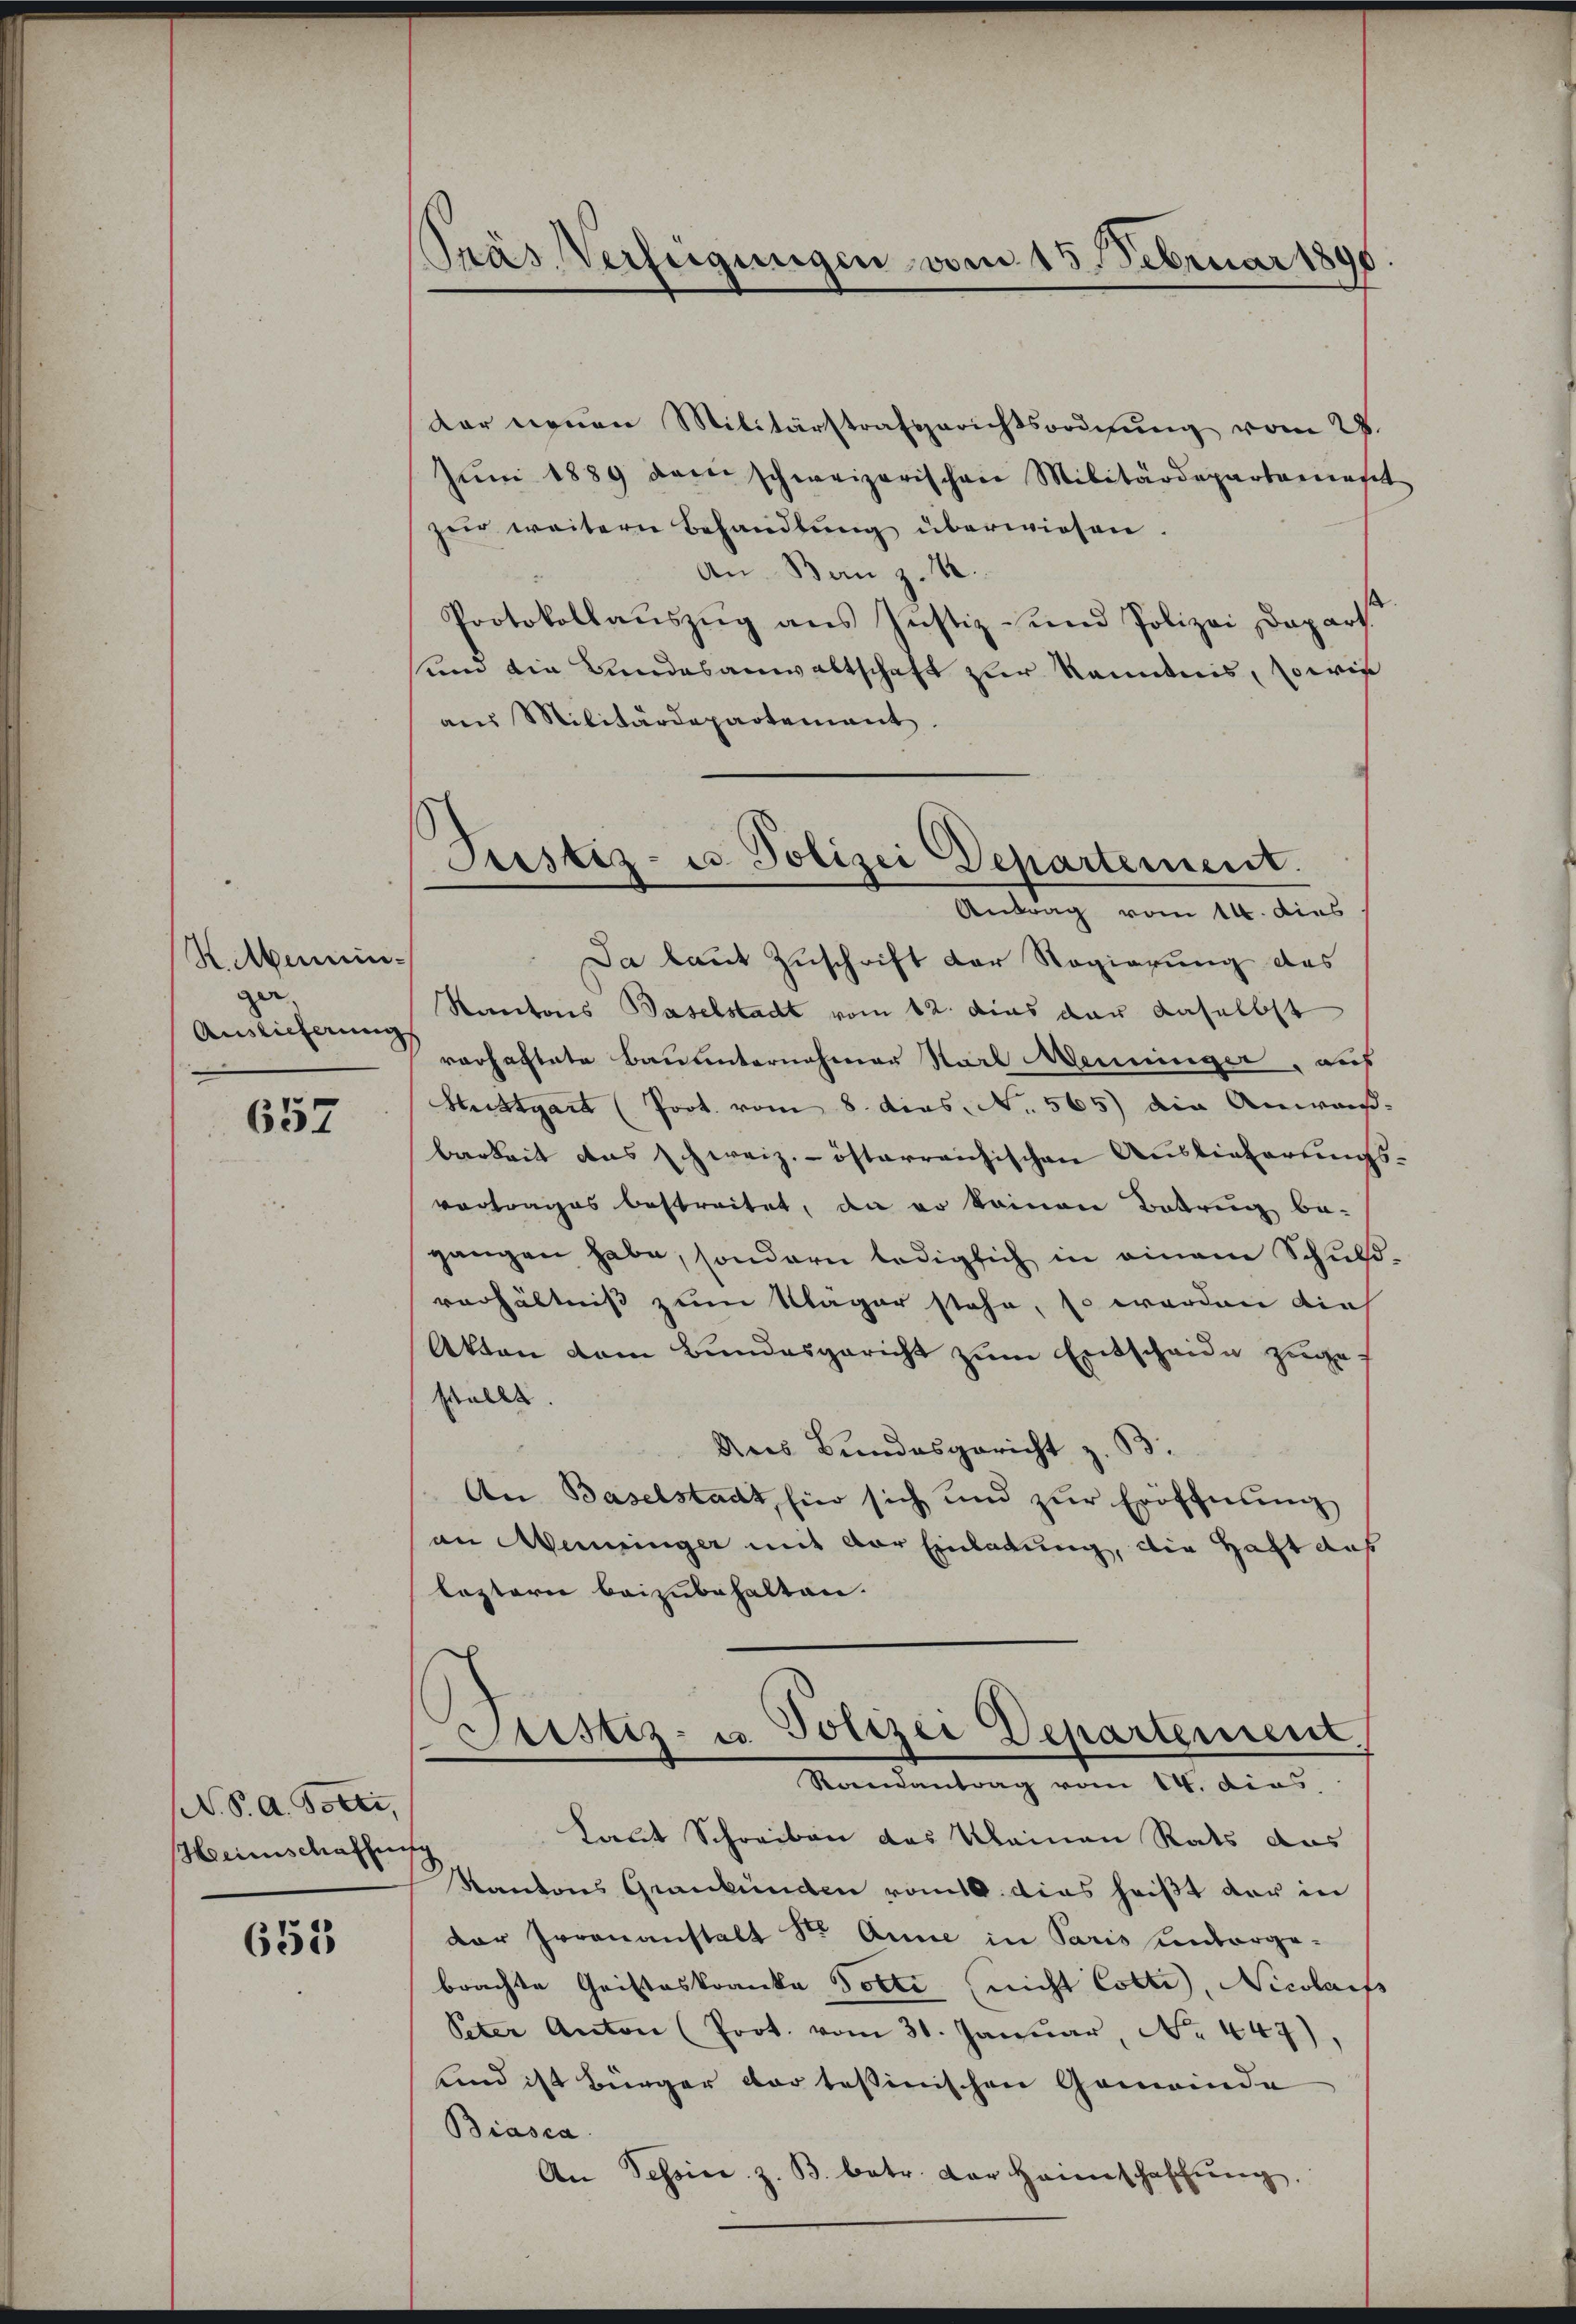
K.MMeninger
Auslieferung

657

N. S. A. Potti,
Heimschaffung

655

Gras Verfügungen vom 15. Februar 1890

Justiz- u Polizei Departement.
Antrag vom 14. dies

dar neuen Militärstrafgerichtsordnŭng vom 28.
Jŭni 1889 dem schweizerischen Militärdepartament
zur weitern Behandlung überwiesen.
An Bern z. B.
Protokollaŭszŭg ans Justiz- und Polizei Depart.
um die Bandesanwaltschaft zur Kenntnis, sowie
ans Militärdepartement.
Da laut Zuschrift der Regierung des
Kantons Baselstadt vom 12. das der daselbst
varhaftete Bauunternehmer Karl Wenninger, aus
Hettgart (Poot. vom 8. dies. No. 565) die Anwaß-
barkeit das schweiz.- österreichischen Auslieferungsvortrages bestreitet, da er keinen Betrug be-
gangen habe, sondern lediglich in einem Schuld-
verhältniß zum Kläger stehe, so werden dies
Akten dem Bundesgericht zum Entscheide zuge-
stellt
Aus Bundesgericht z. B.
An Baselstadt, für sich und zŭr Eröffnung
an Meringer mit vor Einladung, die Haft aus
leztern beizubehalten.
Justiz- u. Polizei Departement.
Randantrag vom 14. dies
Laut Schreiben das klainen Rats das
Kantons Graubünden romt dies heißt dar in
der Irrenanstalt Str. Anne in Paris untergebrachte Cristeskranka Potti (nicht Cotti, Nicolaus
Peter Anton (Prot. vom 31. Januar, No. 447),
und ist Bürger der tessinischen Gemeinde
Biasca.
An Tessier z. B. betr. der Heimschaffŭng,